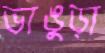
ভাঙুড়া